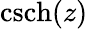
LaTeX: \operatorname{csch}(z)